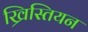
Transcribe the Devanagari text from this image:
ख्रिस्तियन